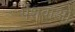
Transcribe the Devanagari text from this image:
पेशवाओ